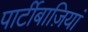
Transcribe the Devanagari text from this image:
पार्टीबाज़ियां